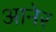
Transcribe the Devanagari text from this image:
आनेर